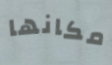
مكانها